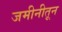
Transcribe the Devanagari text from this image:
जमीनीतून